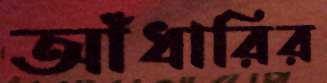
আঁধারির